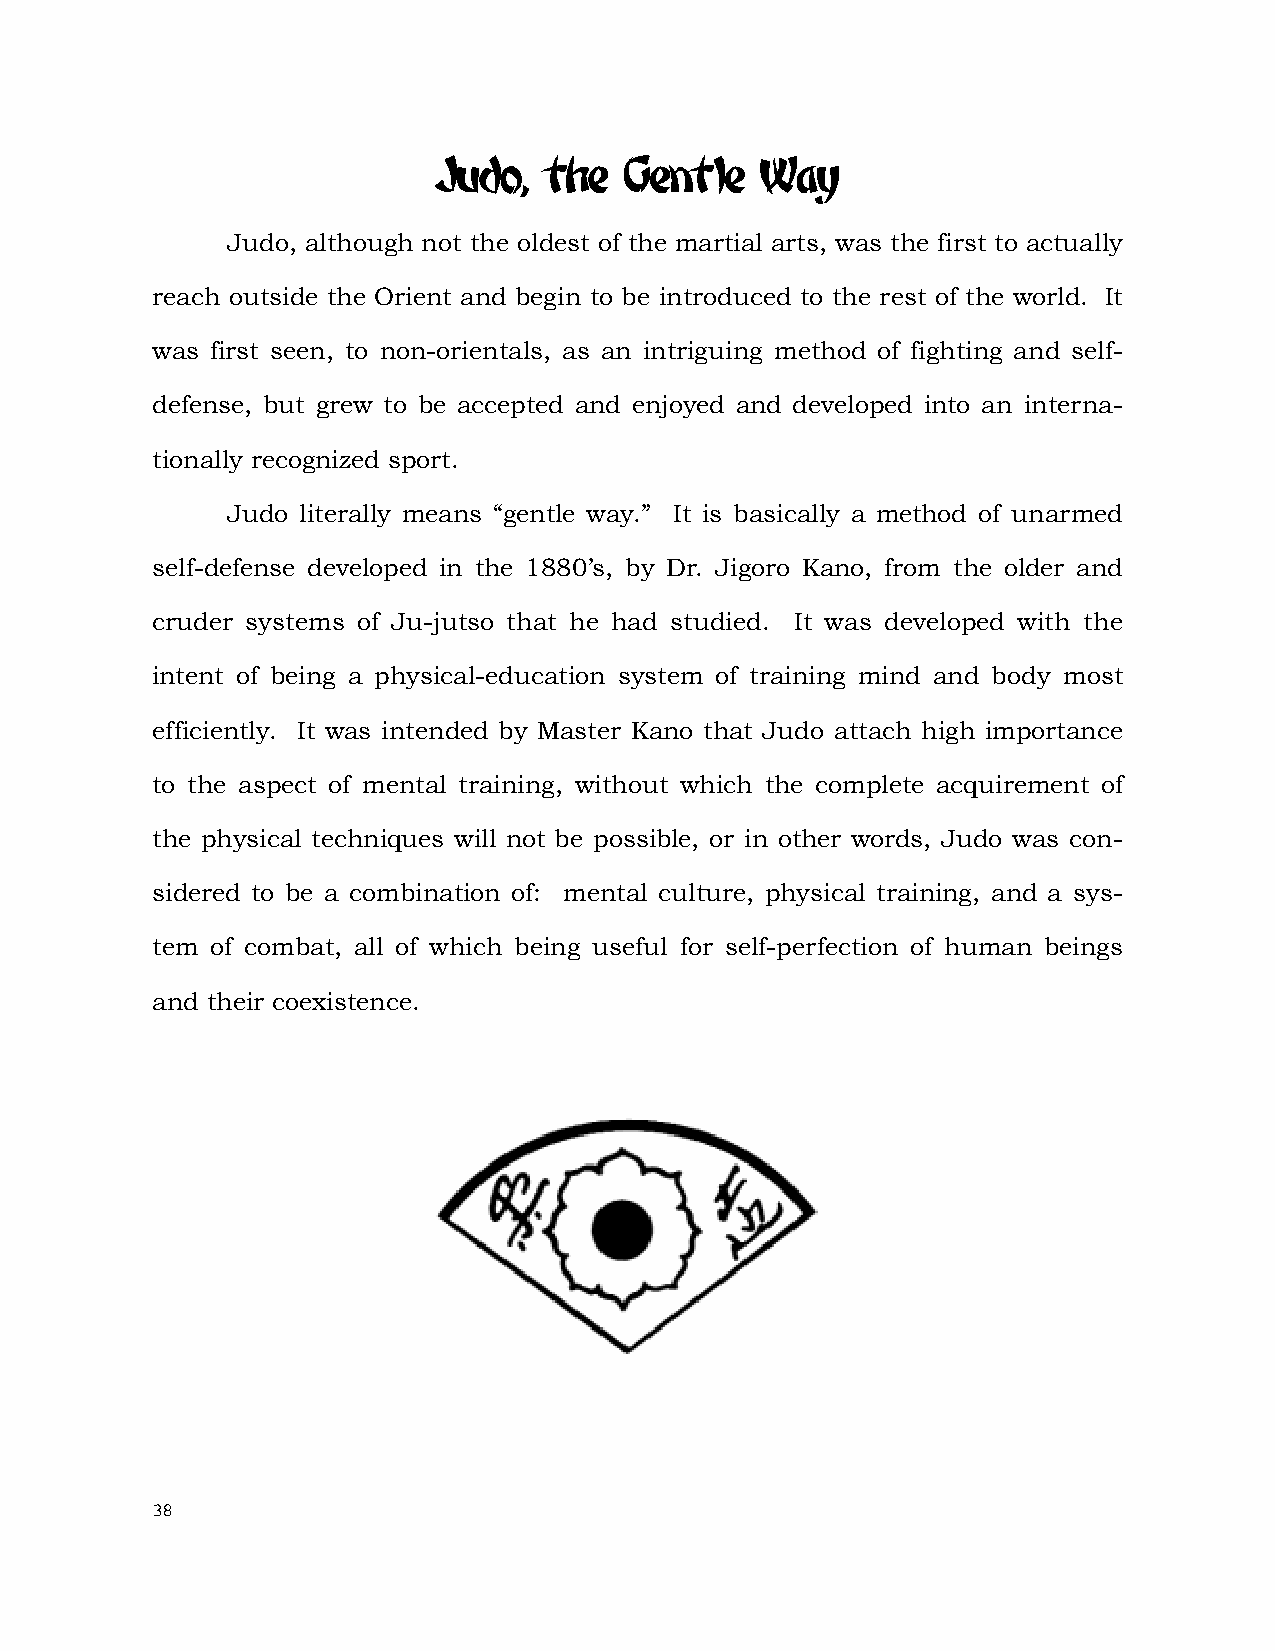
Judo,  the  Gentle   Way
 Judo, although not the oldest of the martial arts, was the first to actually
 reach outside the Orient and begin to be introduced to the rest of the world. It
 was first seen, to non-orientals, as an intriguing method of fighting and self-
 defense, but grew to be accepted and enjoyed and developed into an interna-
 tionally recognized sport.
 Judo literally means “gentle way.” It is basically a method of unarmed
 self-defense developed in the 1880’s, by Dr. Jigoro Kano, from the older and
 cruder systems of Ju-jutso that he had studied. It was developed with the
 intent of being a physical-education system of training mind and body most
 efficiently. It was intended by Master Kano that Judo attach high importance
 to the aspect of mental training, without which the complete acquirement of
 the physical techniques will not be possible, or in other words, Judo was con-
 sidered to be a combination of: mental culture, physical training, and a sys-
 tem of combat, all of which being useful for self-perfection of human beings
 and their coexistence.
 38